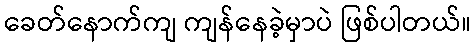
ခေတ်နောက်ကျ ကျန်နေခဲ့မှာပဲ ဖြစ်ပါတယ်။